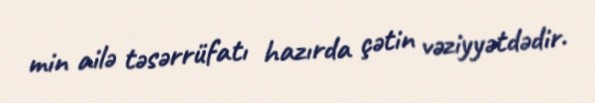
min ailə təsərrüfatı hazırda çətin vəziyyətdədir.